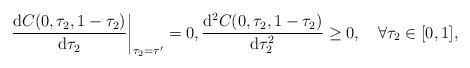
LaTeX: \begin{align*} \left.\frac{\mathrm{d} C(0,\tau_2,1-\tau_2)}{\mathrm{d} \tau_2}\right|_{\tau_2=\tau^\prime}&=0, \frac{\mathrm{d}^2C(0,\tau_2,1-\tau_2) }{\mathrm{d} \tau_2^2}\geq 0, \quad\forall \tau_2\in[0,1], \end{align*}